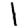
Digit: 1